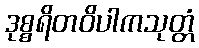
ဒုစ္စရိတဝိပါကသုတ္တံ